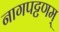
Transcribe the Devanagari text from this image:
नागपट्टणम्